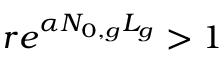
r e ^ { \alpha N _ { 0 , g } L _ { g } } > 1